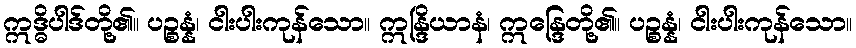
ဣဒ္ဓိပါဒ်တို့၏။ ပဉ္စန္နံ၊ ငါးပါးကုန်သော။ ဣန္ဒြိယာနံ၊ ဣန္ဒြေတို့၏။ ပဉ္စန္နံ၊ ငါးပါးကုန်သော။